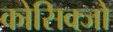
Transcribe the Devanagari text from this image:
कोसिक्जो